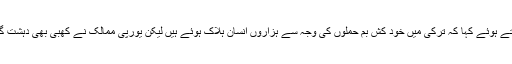
انھوں نے دہشت گردی کیخلاف جدوجہد کے موضوع پر اظہار خیال کرتے ہوئے کہا کہ ترکی میں خود کش بم حملوں کی وجہ سے ہزاروں انسان ہلاک ہوئے ہیں لیکن یورپی ممالک نے کھبی بھی دہشت گردی کیخلاف جنگ میں ترکی کا ساتھ دینےکا کوئی اعلان نہیں کیا ہے ۔